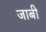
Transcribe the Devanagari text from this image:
जाबी